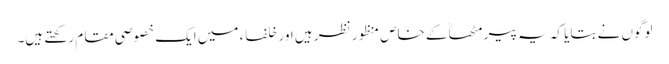
لوگوں نے بتایا کہ یہ پیر مٹھاؒ کے خاص منظور نظر ہیں اور خلفاء میں ایک خصوصی مقام رکھتے ہیں۔